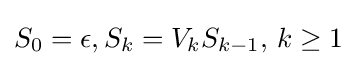
S_{0}=\epsilon ,S_{k}=V_{k}S_{k-1},\,k\geq 1